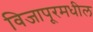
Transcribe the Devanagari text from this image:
विजापूरमधील